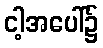
ငါ့အပေါ်၌